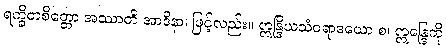
ရက္ခိတစိတ္တော အဿာတိ အာဒိနာ၊ ဖြင့်လည်း။ ဣန္ဒြိယသံဝရာဒယော စ၊ ဣန္ဒြေကို